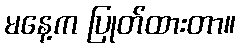
မနေ့က ပြုတ်ထားတာ။